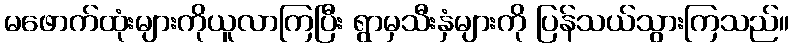
မဖောက်ထုံးများကိုယူလာကြပြီး ရွာမှသီးနှံများကို ပြန်သယ်သွားကြသည်။